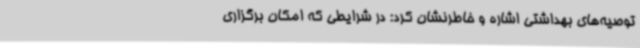
توصیه‌های بهداشتی اشاره و خاطرنشان کرد: در شرایطی که امکان برگزاری